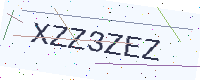
Text: XZZ3ZEZ